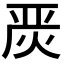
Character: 𭴪